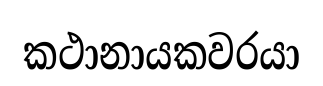
කථානායකවරයා